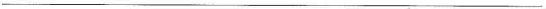
___